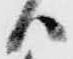
ハ